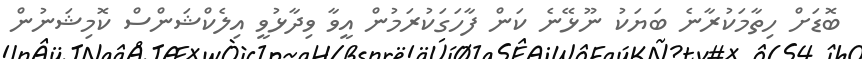
ބޮޑަށް ހިތާމަކުރާނެ ބަޔަކު ނޫޅޭނެ ކަން ފާހަގަކުރަމުން އީވާ ވިދާޅުވީ އިލެކްޝަންސް ކޮމިޝަނުން